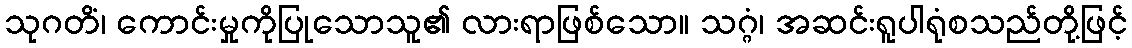
သုဂတိံ၊ ကောင်းမှုကိုပြုသောသူ၏ လားရာဖြစ်သော။ သဂ္ဂံ၊ အဆင်းရူပါရုံစသည်တို့ဖြင့်